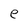
Character: e